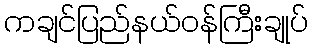
ကချင်ပြည်နယ်ဝန်ကြီးချုပ်